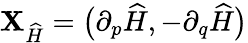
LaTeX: {\mathbf{X}}_{\widehat{H}}=\big(\partial_{p}\widehat{H},-\partial_{q}\widehat{H}\big)